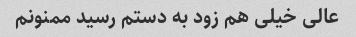
عالی خیلی هم زود به دستم رسید ممنونم